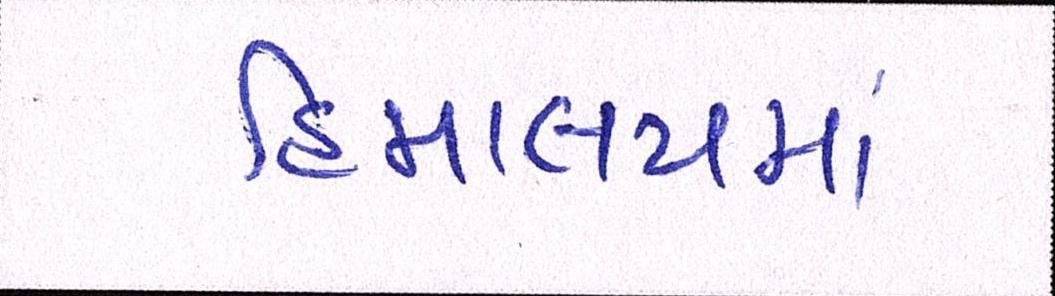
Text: હિમાલયમાં